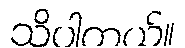
သိပါတယ်။